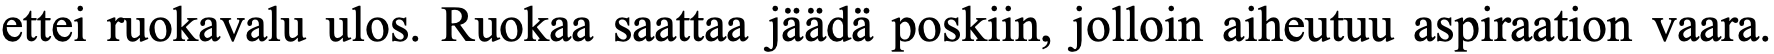
ettei ruokavalu ulos. Ruokaa saattaa jäädä poskiin, jolloin aiheutuu aspiraation vaara.